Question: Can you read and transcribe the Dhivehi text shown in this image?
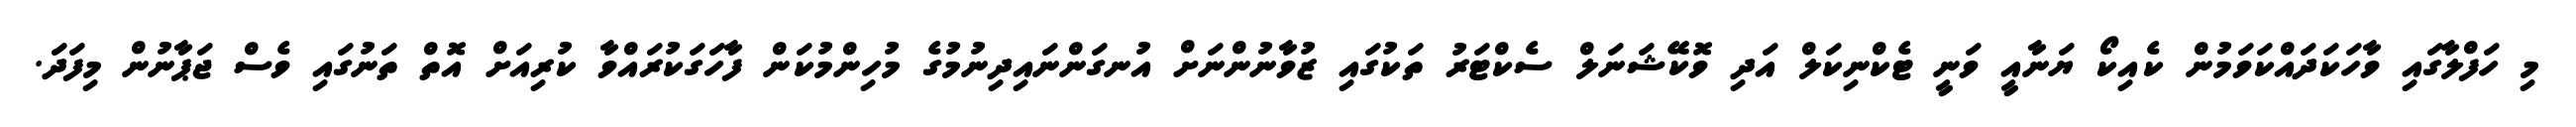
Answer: މި ހަފްލާގައި ވާހަކަދައްކަވަމުން ކެއިކޯ ޔަނާއީ ވަނީ ޓެކްނިކަލް އަދި ވޮކޭޝަނަލް ސެކްޓަރު ތަކުގައި ޒުވާނުންނަށް އުނގަންނައިދިނުމުގެ މުހިންމުކަން ފާހަގަކުރައްވާ ކުރިއަށް އޮތް ތަނުގައި ވެސް ޖަޕާނުން މިފަދަ.